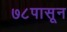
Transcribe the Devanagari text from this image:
७८पासून